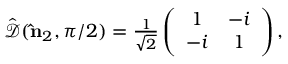
\begin{array} { r } { \hat { \mathcal { D } } ( { \bf \hat { n } } _ { 2 } , \pi / 2 ) = \frac { 1 } { \sqrt { 2 } } \left( \begin{array} { c c } { 1 } & { - i } \\ { - i } & { 1 } \end{array} \right) , } \end{array}